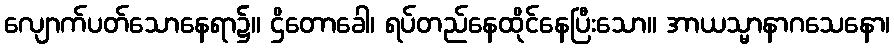
လျောက်ပတ်သောနေရာ၌။ ဌိတောခေါ၊ ရပ်တည်နေထိုင်နေပြီးသော။ အာယသ္မာနာဂသေနော၊